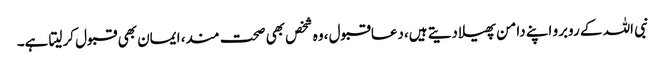
نبی اللہ کے روبرو اپنے دامن پھیلادیتے ہیں،دعاقبول ،وہ شخص بھی صحت مند، ایمان بھی قبول کرلیتا ہے۔